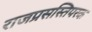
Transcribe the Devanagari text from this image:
राजप्रसस्तिपरक